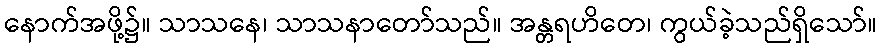
နောက်အဖို့၌။ သာသနေ၊ သာသနာတော်သည်။ အန္တရဟိတေ၊ ကွယ်ခဲ့သည်ရှိသော်။